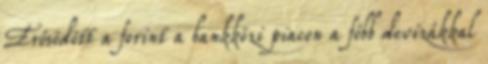
Erősödött a forint a bankközi piacon a főbb devizákkal